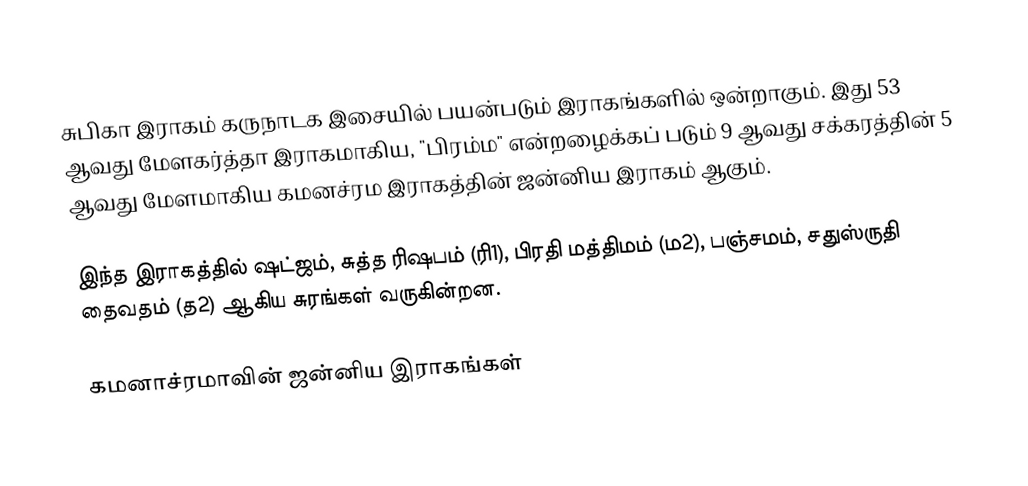
சுபிகா இராகம் கருநாடக இசையில் பயன்படும் இராகங்களில் ஒன்றாகும். இது 53 ஆவது மேளகர்த்தா இராகமாகிய, "பிரம்ம" என்றழைக்கப் படும் 9 ஆவது சக்கரத்தின் 5 ஆவது மேளமாகிய கமனச்ரம இராகத்தின் ஜன்னிய இராகம் ஆகும்.

இந்த இராகத்தில் ஷட்ஜம், சுத்த ரிஷபம் (ரி1),  பிரதி மத்திமம் (ம2), பஞ்சமம்,  சதுஸ்ருதி தைவதம் (த2) ஆகிய சுரங்கள் வருகின்றன.

கமனாச்ரமாவின் ஜன்னிய இராகங்கள்